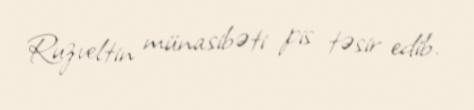
Ruzveltin münasibəti pis təsir edib.